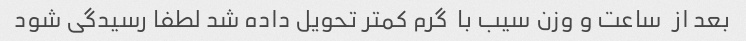
بعد از  ساعت و وزن سیب با  گرم کمتر تحویل داده شد لطفا رسیدگی شود